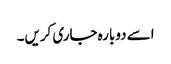
اسے دوبارہ جاری کریں۔